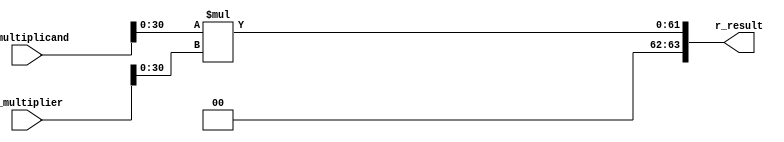
module qmult #(
	//Parameterized values
	parameter Q = 15,
	parameter N = 32
	)
	(
	 input			[N-1:0]	i_multiplicand,
	 input			[N-1:0]	i_multiplier,
	 output			[2*N-1:0]	r_result
	 //output	reg				ovr
	 );

	reg [2*N-1:0]	r_result;		//	Multiplication by 2 values of N bits requires a 
											//		register that is N+N = 2N deep...
    always @(i_multiplicand, i_multiplier)	begin						//	Do the multiply any time the inputs change
		r_result <= i_multiplicand[N-2:0] * i_multiplier[N-2:0];	//	Removing the sign bits from the multiply - that 
																					//		would introduce *big* errors	
	//	ovr <= 1'b0;															//	reset overflow flag to zero
		end
endmodule